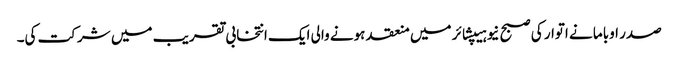
صدر اوباما نے اتوار کی صبح نیو ہیپشائر میں منعقد ہونے والی ایک انتخابی تقریب میں شرکت کی۔